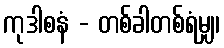
ကုဒါစနံ - တစ်ခါတစ်ရံမျှ၊